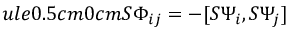
ule { 0.5 cm } { 0 cm } S \Phi _ { i j } = - [ S \Psi _ { i } , S \Psi _ { j } ]